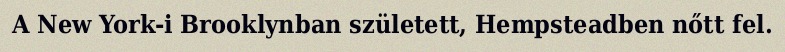
A New York-i Brooklynban született, Hempsteadben nőtt fel.